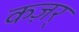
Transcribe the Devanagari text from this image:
कज़र्